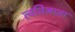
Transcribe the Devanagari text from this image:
त्वविज्ञाता